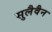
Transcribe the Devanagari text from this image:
सुलैवैन